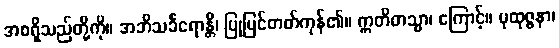
အစရှိသည်တို့ကို။ အဘိသင်္ခရောန္တိ၊ ပြုပြင်တတ်ကုန်၏။ ဣတိတသ္မာ၊ ကြောင့်။ ပုထုဇ္ဇနာ၊